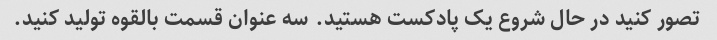
تصور کنید در حال شروع یک پادکست هستید. سه عنوان قسمت بالقوه تولید کنید.